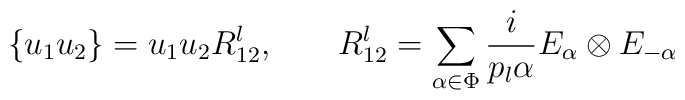
\{ u_1 u_2 \}= u_{1} u_{2} R_{12}^{l}, \hskip 0.8 cm R_{12}^{l}=\sum_{\alpha \in \Phi} {i \over {p_{l} \alpha}} E_{\alpha} \otimes E_{- \alpha}